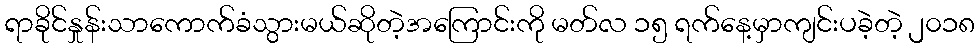
ရာခိုင်နှုန်းသာကောက်ခံသွားမယ်ဆိုတဲ့အကြောင်းကို မတ်လ ၁၅ ရက်နေ့မှာကျင်းပခဲ့တဲ့ ၂၀၁၈